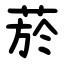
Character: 菸